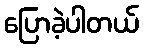
ပြောခဲ့ပါတယ်